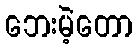
ဘေးမဲ့တော